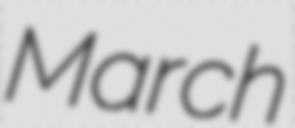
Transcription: March